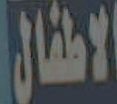
الاطفال